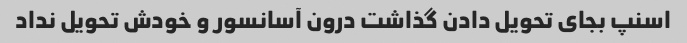
اسنپ بجای تحویل دادن گذاشت درون آسانسور و خودش تحویل نداد